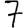
Digit: 7